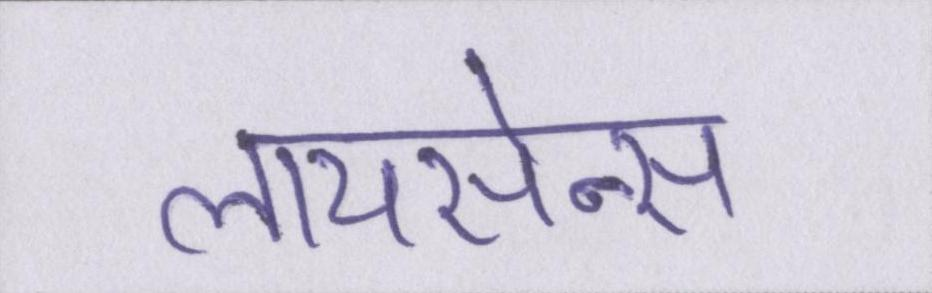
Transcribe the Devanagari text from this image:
लायसेन्स